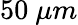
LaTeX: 50~\mu m